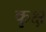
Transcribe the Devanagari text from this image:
कृक्ष